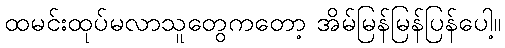
ထမင်းထုပ်မလာသူတွေကတော့ အိမ်မြန်မြန်ပြန်ပေါ့။